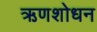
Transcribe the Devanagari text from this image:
ऋणशोधन